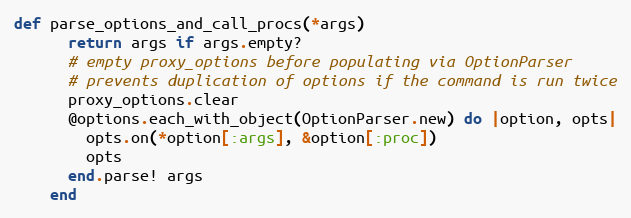
Language: Ruby
def parse_options_and_call_procs(*args)
      return args if args.empty?
      # empty proxy_options before populating via OptionParser
      # prevents duplication of options if the command is run twice
      proxy_options.clear
      @options.each_with_object(OptionParser.new) do |option, opts|
        opts.on(*option[:args], &option[:proc])
        opts
      end.parse! args
    end